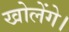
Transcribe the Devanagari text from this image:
खोलेंगे।